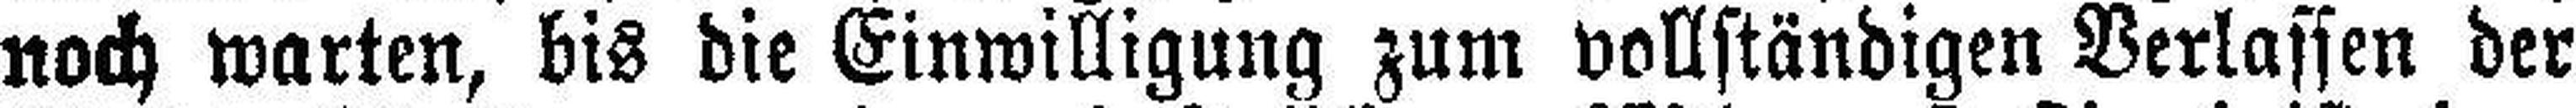
noch warten, bis die Einwilligung zum vollständigen Verlassen der